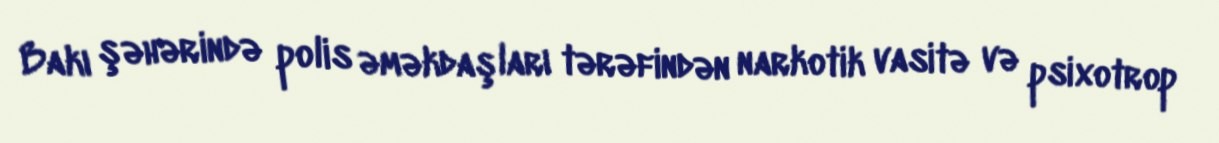
Bakı şəhərində polis əməkdaşları tərəfindən narkotik vasitə və psixotrop